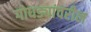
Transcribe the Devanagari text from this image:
गोधड्यांवरील